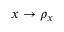
x \rightarrow \rho _ { x }